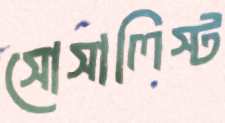
সোসালিস্ট